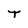
Character: T